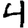
Digit: 4